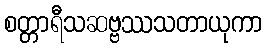
စတ္တာရီသဆဗ္ဗဿသတာယုကာ